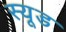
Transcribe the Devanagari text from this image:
स्‍यूड